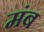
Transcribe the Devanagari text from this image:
मंब